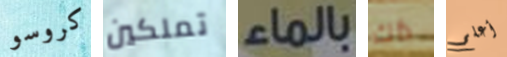
كروسو تملكين بالماء ذاك أعلم